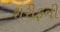
શરીફની